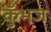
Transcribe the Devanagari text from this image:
कुँभज